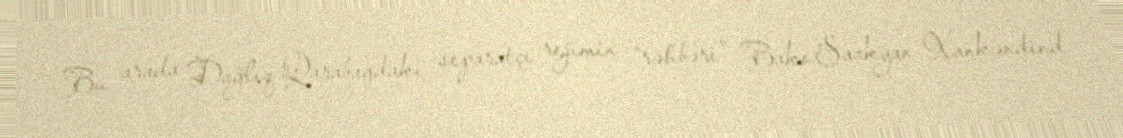
Bu arada Dağlıq Qarabağdakı separatçı rejimin “rəhbəri” Bako Saakyan Xankəndind